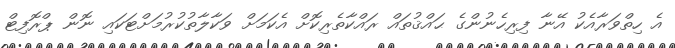
އެ ހިތްވަރާއެކު އޭނާ ފިރިހެނުންގެ ޙައްޤުތައް ރައްކާތެރިކޮށް އެކަމަށް ވަކާލާތުކުރުމަށްޓަކައި ނޮން ޕްރޮފިޓް